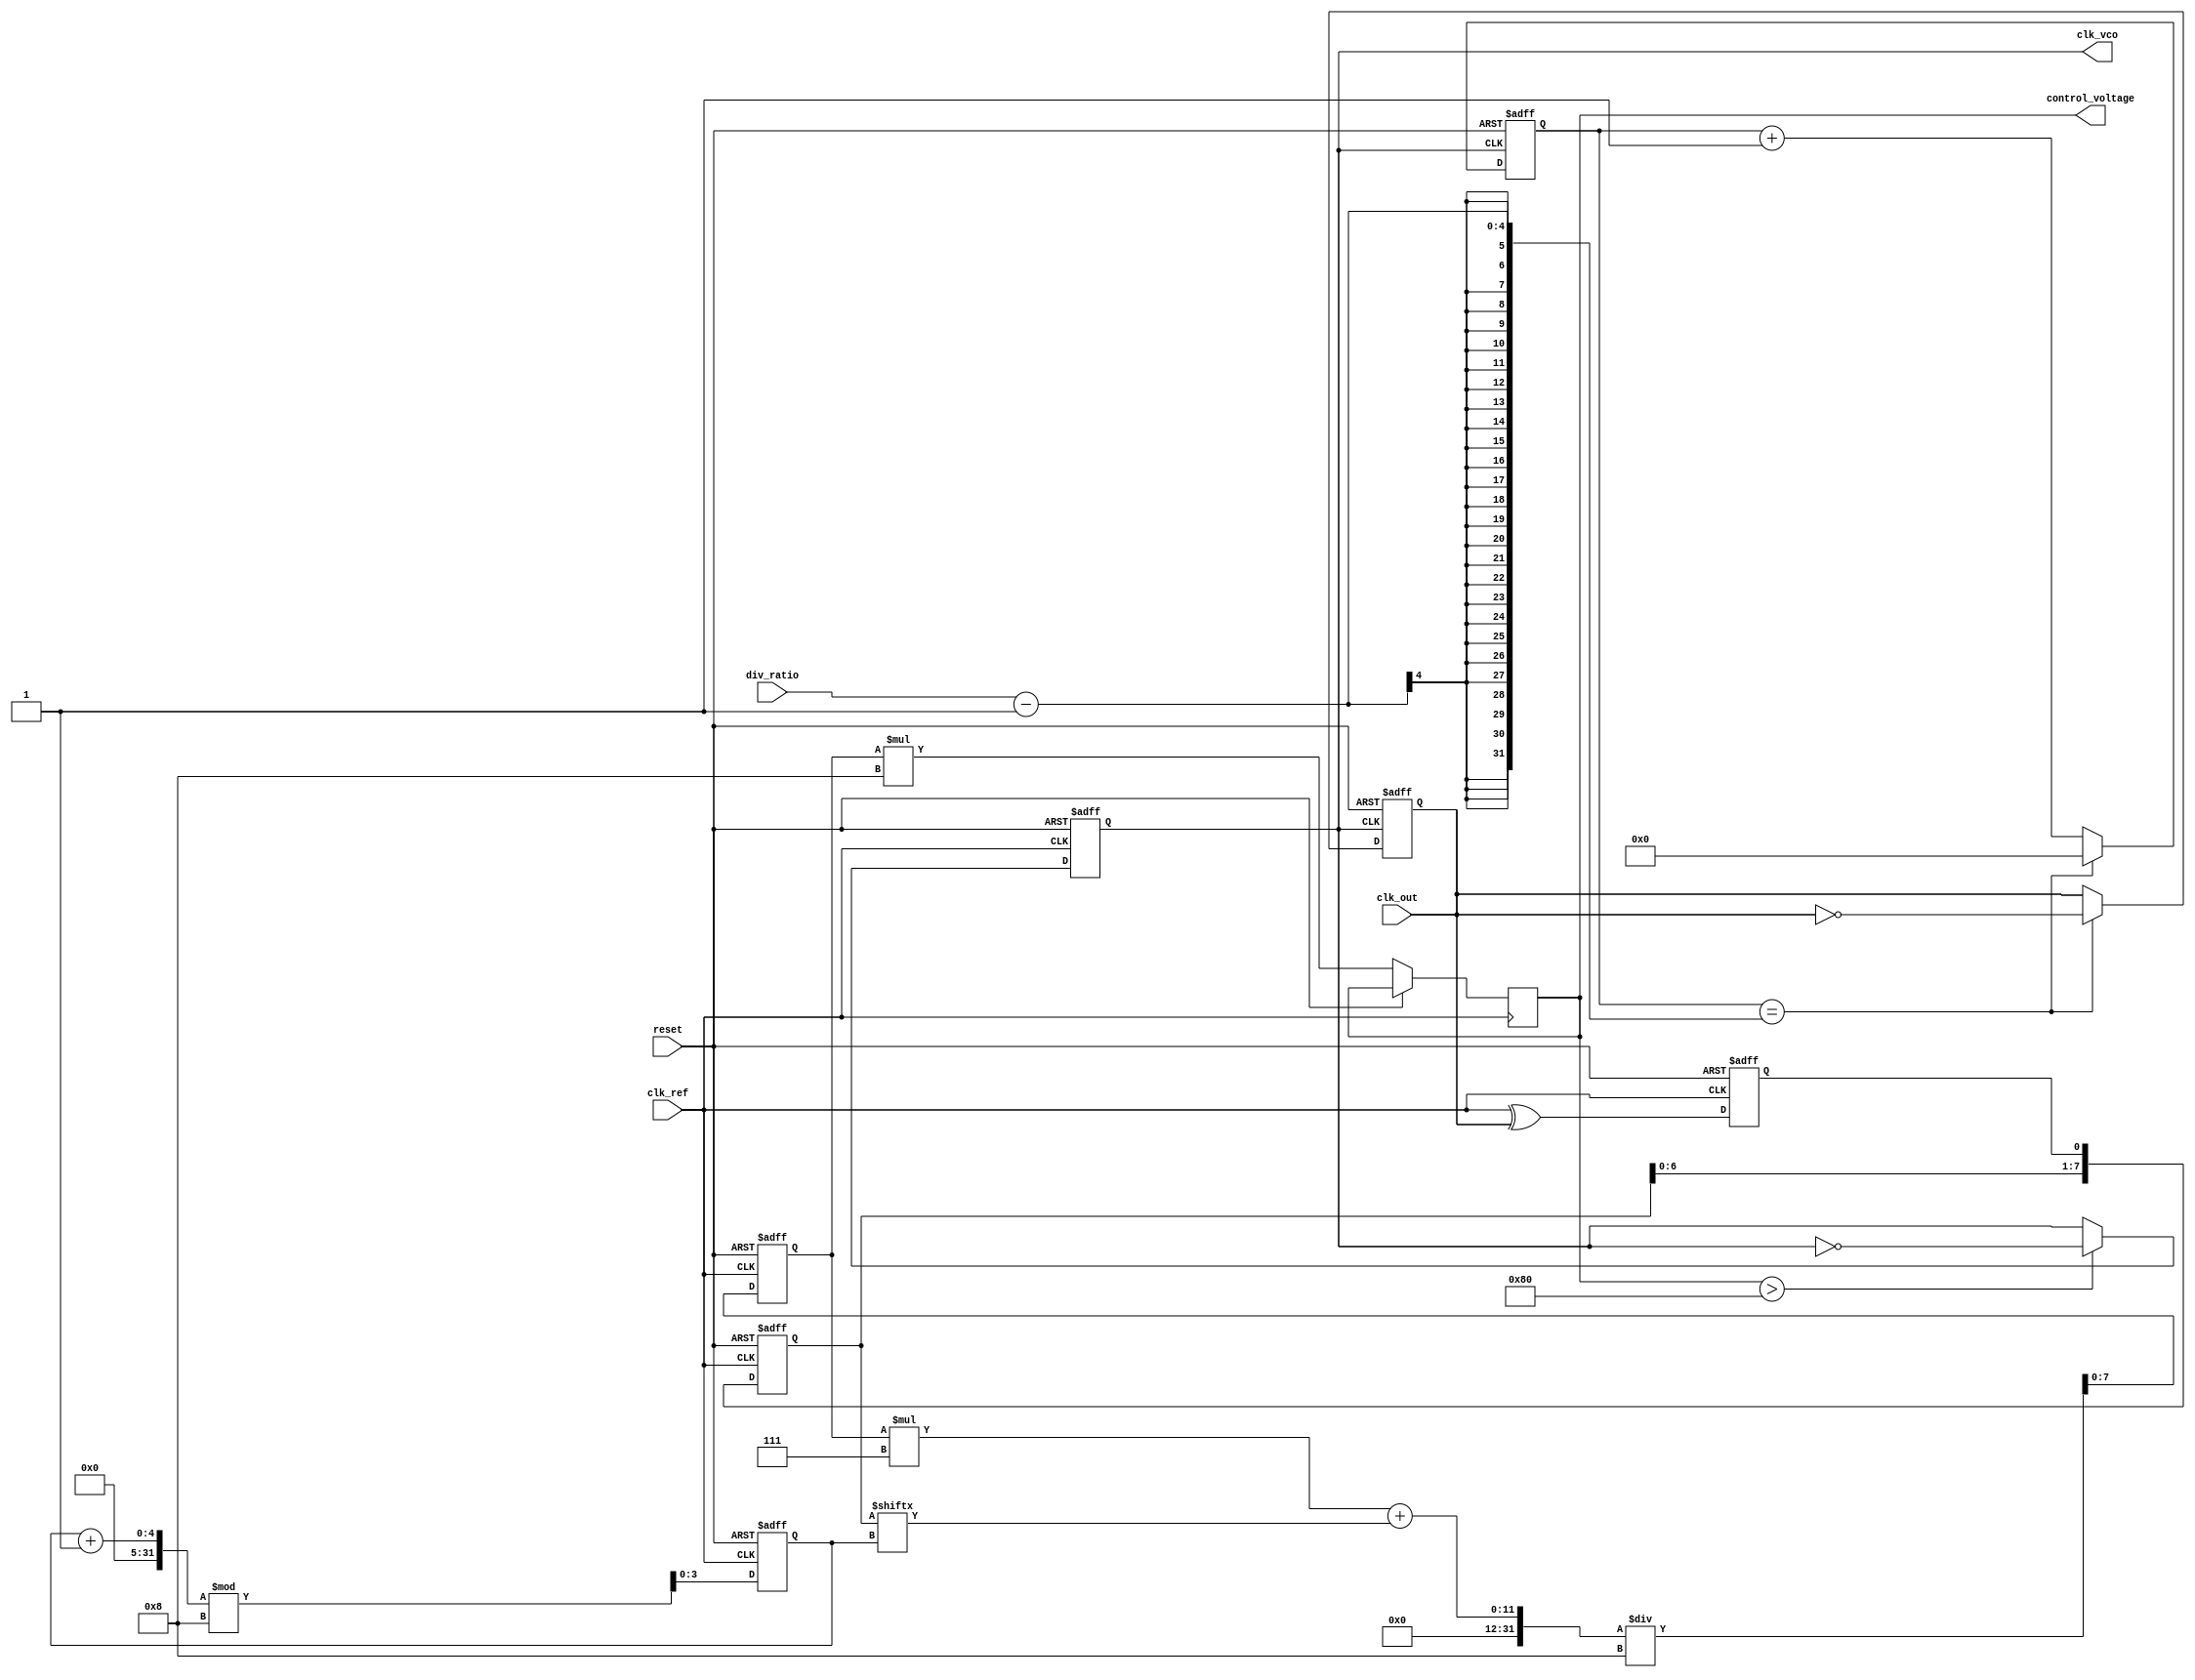
module memory_blocks_pll (
    input wire clk_ref,        // Reference clock input
    input wire clk_out,        // Output clock input
    input wire reset,          // Reset signal
    input wire [3:0] div_ratio, // Division ratio for output clock
    output reg clk_vco,        // VCO output clock
    output reg [7:0] control_voltage // Control voltage for VCO
);

// Parameters
parameter MEMORY_SIZE = 8; // Size of the memory block
parameter FILTER_GAIN = 8;  // Gain for loop filter

// Internal signals
reg [MEMORY_SIZE-1:0] phase_error_memory; // Memory block for phase errors
reg [3:0] memory_index; // Index for memory writing
reg phase_error; // Phase error signal
reg [7:0] filtered_error; // Filtered phase error

// Phase Detector
always @(posedge clk_ref or posedge reset) begin
    if (reset) begin
        phase_error <= 0;
    end else begin
        // Simple phase detector using XOR
        phase_error <= clk_ref ^ clk_out;
    end
end

// Memory Block
always @(posedge clk_ref or posedge reset) begin
    if (reset) begin
        phase_error_memory <= 0;
        memory_index <= 0;
    end else begin
        // Shift memory and store phase error
        phase_error_memory <= {phase_error_memory[MEMORY_SIZE-2:0], phase_error};
        memory_index <= (memory_index + 1) % MEMORY_SIZE;
    end
end

// Loop Filter (Simple Proportional Filter)
always @(posedge clk_ref or posedge reset) begin
    if (reset) begin
        filtered_error <= 0;
    end else begin
        // Average phase error
        filtered_error <= (filtered_error * (MEMORY_SIZE - 1) + phase_error_memory[memory_index]) / MEMORY_SIZE;
        control_voltage <= filtered_error * FILTER_GAIN; // Scale control voltage
    end
end

// Voltage-Controlled Oscillator (VCO)
always @(posedge clk_ref or posedge reset) begin
    if (reset) begin
        clk_vco <= 0;
    end else begin
        // Simple VCO behavior: toggle based on control voltage
        if (control_voltage > 128) begin // Arbitrary threshold for frequency adjustment
            clk_vco <= ~clk_vco; // Toggle output clock
        end
    end
end

// Output Divider
reg [3:0] counter; // Counter for division
always @(posedge clk_vco or posedge reset) begin
    if (reset) begin
        counter <= 0;
        clk_out <= 0;
    end else begin
        if (counter == div_ratio - 1) begin
            clk_out <= ~clk_out; // Toggle output clock
            counter <= 0;
        end else begin
            counter <= counter + 1;
        end
    end
end

endmodule